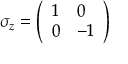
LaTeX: \sigma _ { z } = { \left( \begin{array} { l l } { 1 } & { 0 } \\ { 0 } & { - 1 } \end{array} \right) }